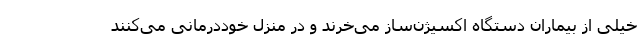
خیلی از بیماران دستگاه اکسیژن‌ساز می‌خرند و در منزل خوددرمانی می‌کنند